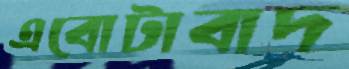
এবোটাবাদ